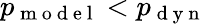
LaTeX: p_{\mathrm{~m~o~d~e~l~}}<p_{\mathrm{~d~y~n~}}